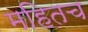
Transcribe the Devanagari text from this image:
महितच